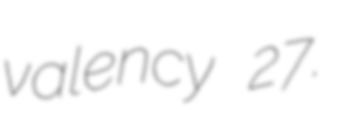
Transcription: valency 27.